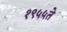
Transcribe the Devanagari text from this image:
१९५५ते